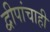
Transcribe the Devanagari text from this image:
द्वीपांचाही